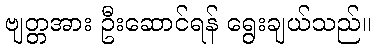
ဗျတ္တအား ဦးဆောင်ရန် ရွေးချယ်သည်။